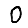
Digit: 0